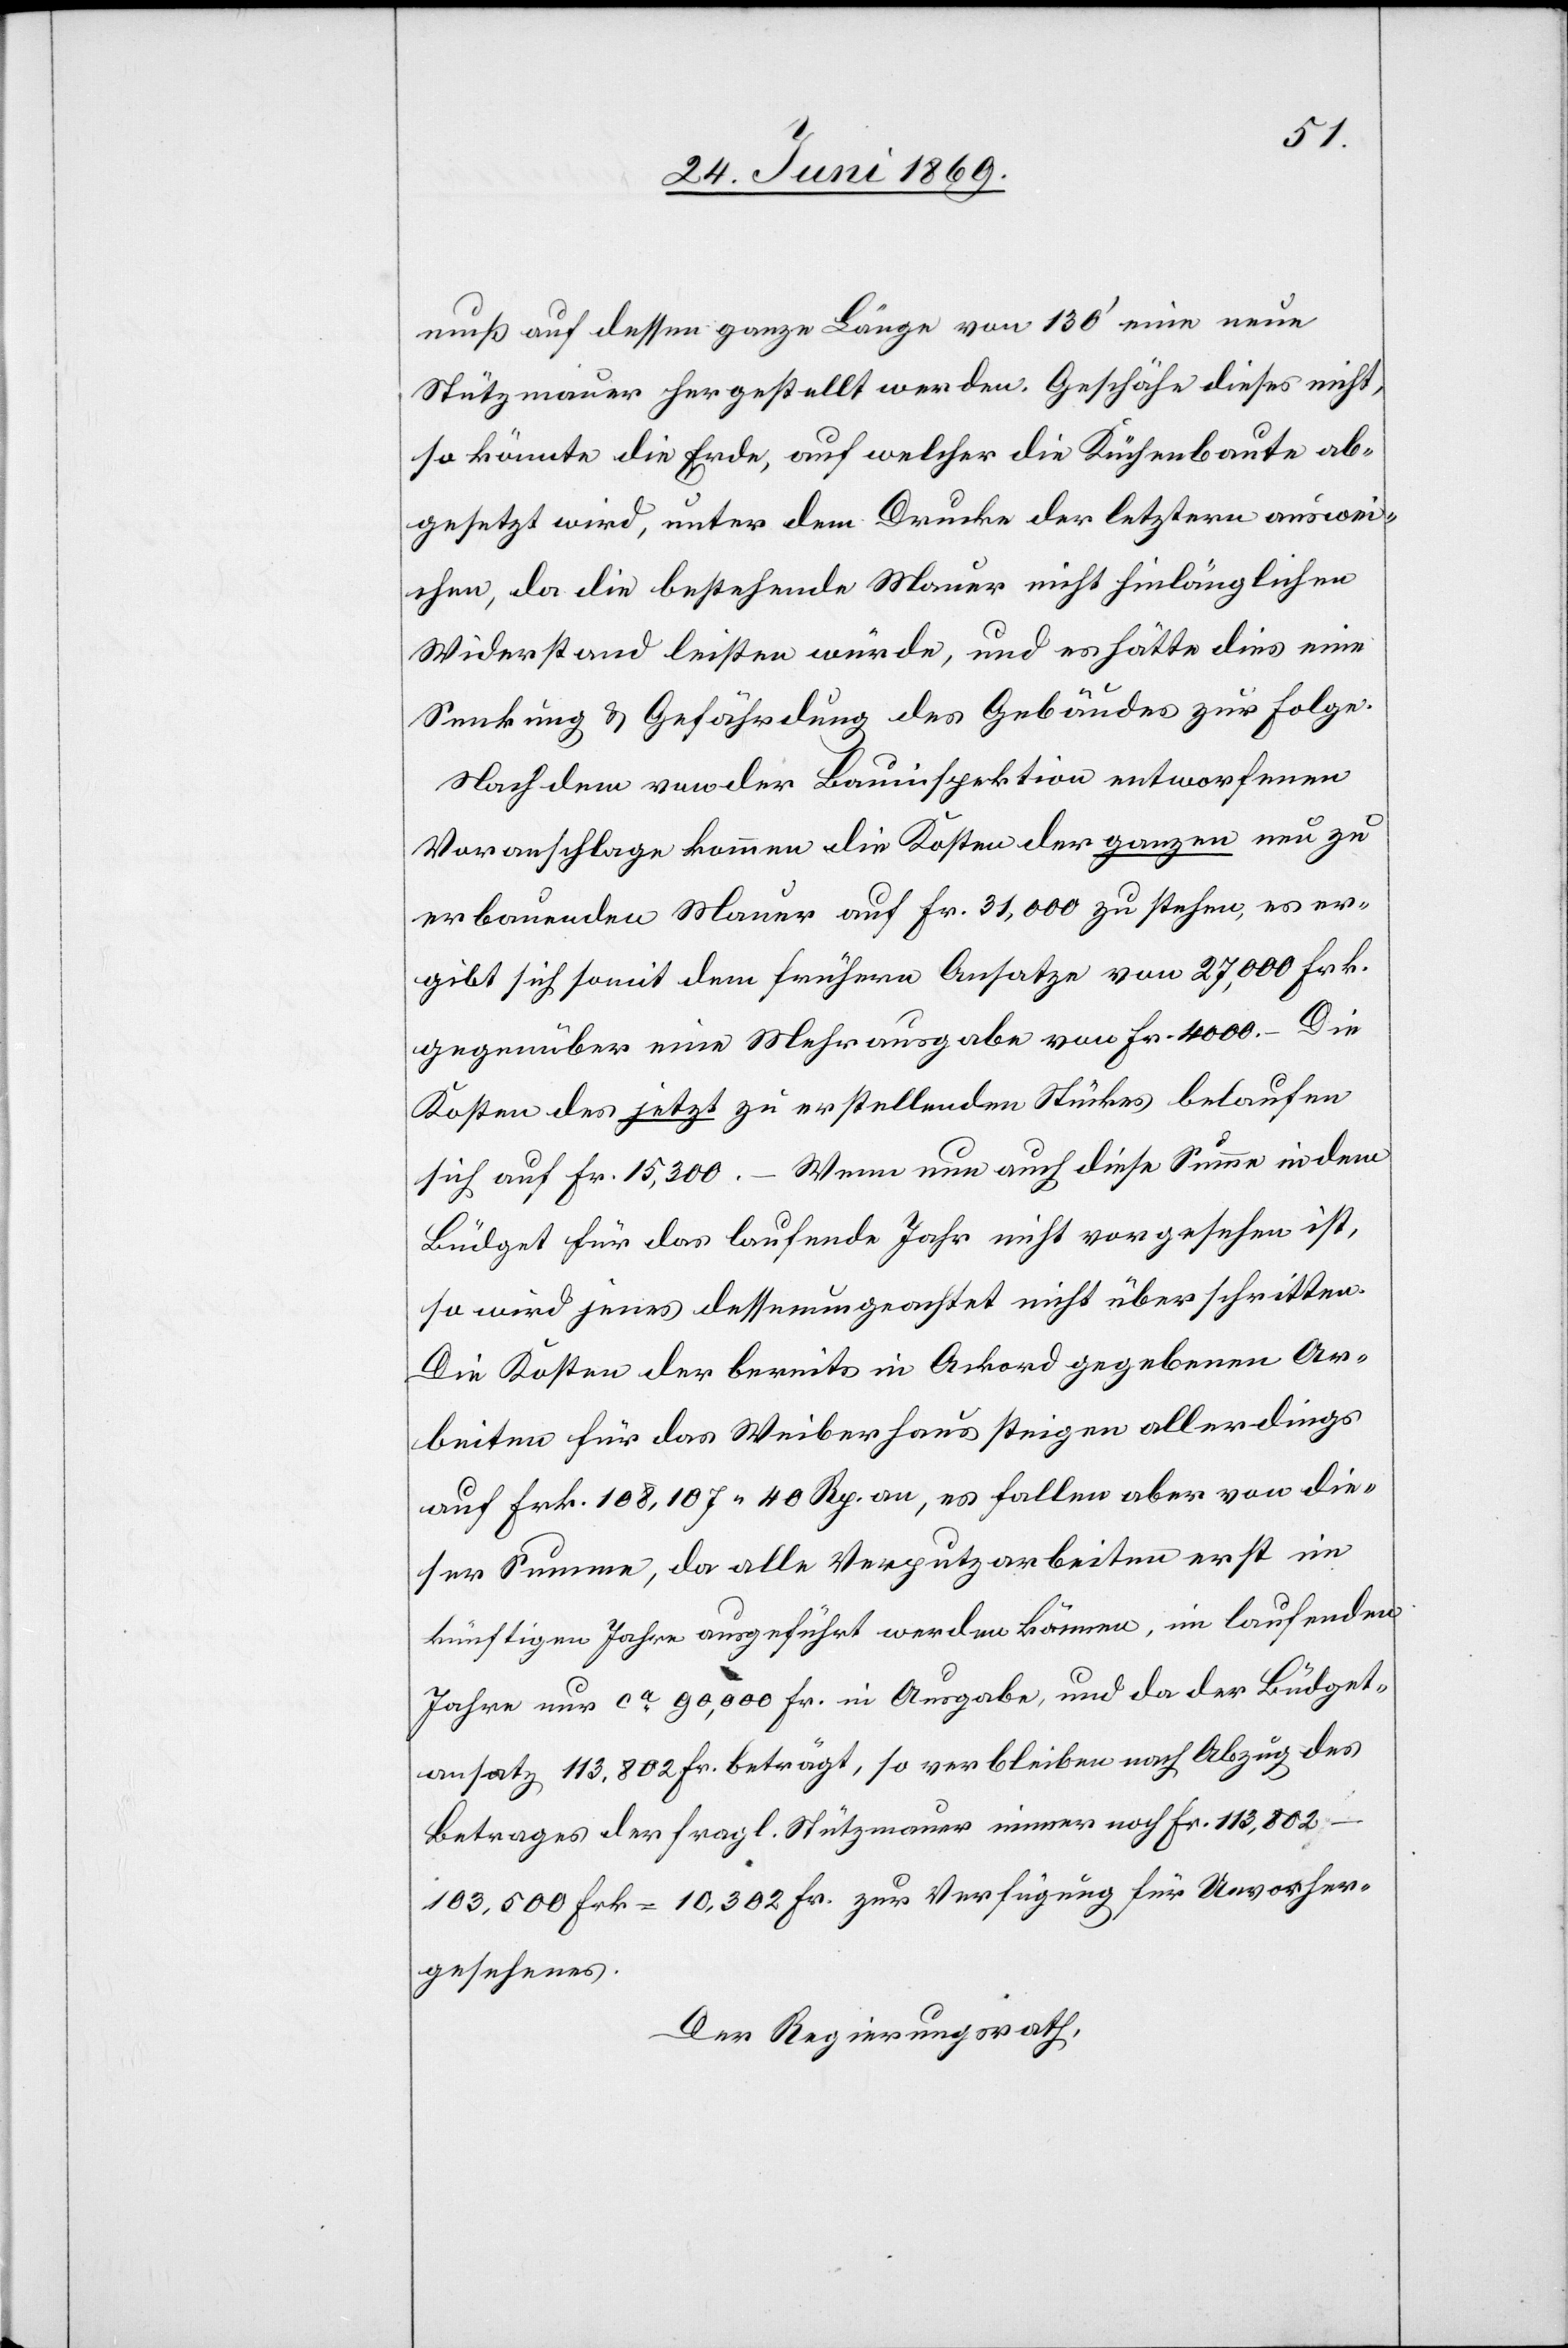
Fr.
muß auf dessen ganze Länge von 130’ eine neue
Stützmauer hergestellt werden. Geschähe dieses nicht,
so könnte die Erde, auf welcher die Küchenbaute ab¬
gesetzt wird, unter dem Drucke der letztern auswei¬
chen, da die bestehende Mauer nicht hinlänglichen
Widerstand leisten würde, und es hätte dies eine
Senkung u. Gefährdung des Gebäudes zur Folge.
Nach dem von der Bauinspektion entworfenen
Voranschlage kommen die Kosten der ganzen neu zu
erbauenden Mauer auf Fr. 31,000 zu stehen, es er¬
gibt sich somit dem frühern Ansatze von 27,000 Frk.
gegenüber eine Mehrausgabe von Fr. 4000. – die
Kosten des jetzt zu erstellenden Stückes belaufen
Wenn nun auch diese Summe indem
sich auf Fr. 15,300.
Büdget für das laufende Jahr nicht vorgesehen ist,
so wird jenes dessenungeachtet nicht überschritten.
Die Kosten der bereits in Ackord gegebenen Ar¬
beiten für das Weiberhaus steigen allerdings
auf Frk. 108,107.40 Rp. an, es fallen aber von die¬
ser Summe, da alle Verputzarbeiten erst im
künftigen Jahre ausgeführt werden können, im laufenden
Jahre nur ca 90,000 Fr. in Ausgabe, und da der Büdget¬
ansatz 113,802 Fr. beträgt, so verbleiben nach Abzug des
Betrages der fragl. Stützmauer immer noch Fr. 113,802–103,500
Der Regierungsrath,